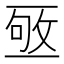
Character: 𠄹